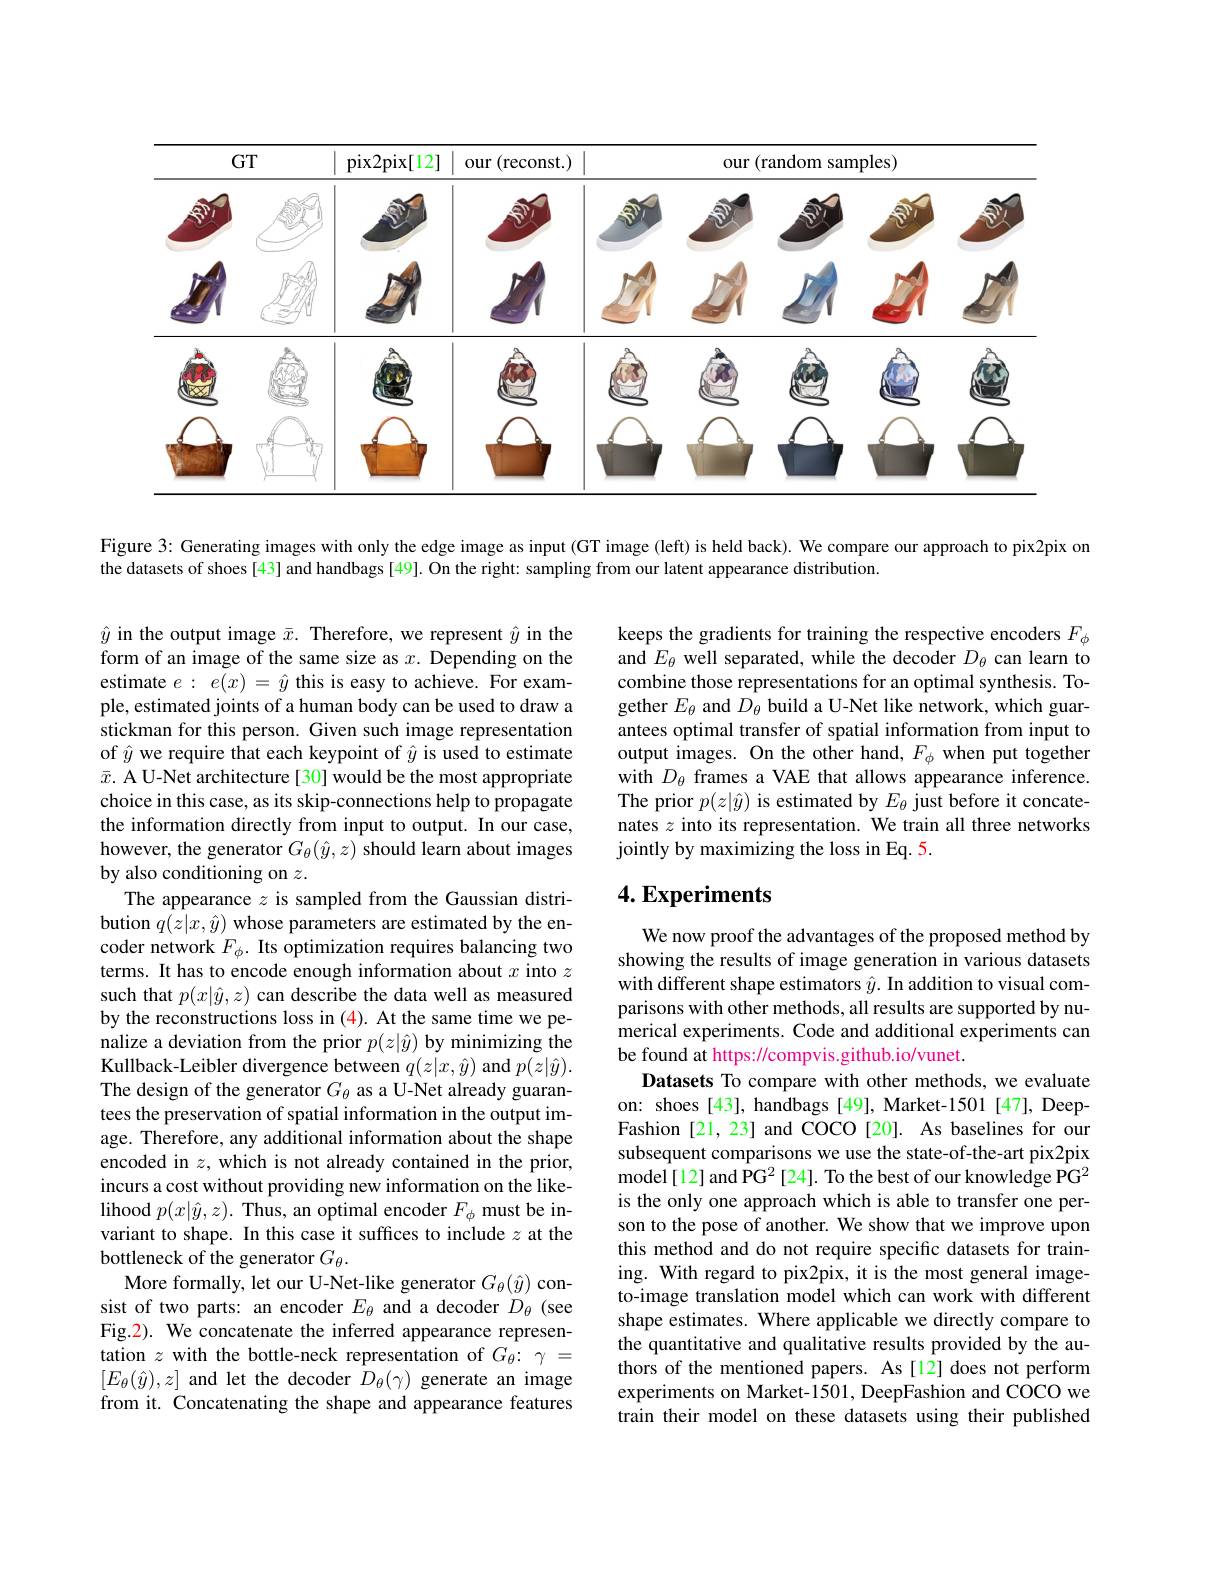
Figure 3: Generating images with only the edge image as input (GT image (left) is held back). We compare our approach to pix2pix on
the datasets of shoes[43] and handbags [49]. On the right: sampling from our latent appearance distribution.

keeps the gradients for training the respective encoders $F_\phi$ and $E_\theta$ well separated, while the decoder $D_\theta$ can learn to combine those representations for an optimal synthesis. Together $E_\theta$ and $\hat D_\theta$ build a U-Net like network, which guarantees optimal transfer of spatial information from input to output images. On the other hand, $F_{\phi}$ when put together with $D_\theta$ frames a VAE that allows appearance inference. The prior $p(z|\hat{y})$ is estimated by $E_\theta$ just before it concatenates $z$ into its representation. We train all three networks jointly by maximizing the loss in Eq. 5.

## $4. \textbf{Experiments}$

$\hat{y}$ in the output image $\bar{x}.$ Therefore, we represent $\hat{y}$ in the form of an image of the same size as $x.$ Depending on the estimate $e:e(x)=\hat{y}$ this is easy to achieve. For example, estimated joints of a human body can be used to draw a stickman for this person. Given such image representation of $\hat{y}$ we require that each keypoint of $\hat{y}$ is used to estimate $\bar{x}.$ A U-Net architecture[30] would be the most appropriate choice in this case, as its skip-connections help to propagate the information directly from input to output. In our case, however, the generator $G_\theta(\hat{y},z)$ should learn about images by also conditioning on $z.$
The appearance $z$ is sampled from the Gaussian distribution $q(z|x,\hat{y})$ whose parameters are estimated by the encoder network $F_\phi . \textbf{Its optimization requires balancing two}$ terms. It has to encode enough information about $x$ into $z$ such that $p(x|\hat{y},z)$ can describe the data well as measured by the reconstructions loss in (4). At the same time we penalize a deviation from the prior $p(z|\hat{y})$ by minimizing the Kullback-Leibler divergence between $q(z|x,\hat{y})$ and $p(z|\hat{y}).$ The design of the generator $G_\theta$ as a U-Net already guarantees the preservation of spatial information in the output image. Therefore, any additional information about the shape encoded in $z$,which is not already contained in the prior, incurs a cost without providing new information on the likelihood $p(x|\hat{y},z).$ Thus, an optimal encoder $F_\phi$ must be invariant to shape. In this case it suffices to include $z$ at the bottleneck of the generator $G_\theta.$
More formally, let our U-Net-like generator $G_\theta(\underline{y})$ consist of two parts: an encoder $E_\theta$ and a decoder $D_\theta$ (see Fig.2). We concatenate the inferred appearance representation $z$ with the bottle-neck representation of $G_\theta{:}\gamma=$ $[E_{\theta}(\hat{y}),z]$ and let the decoder $\hat D_\theta(\gamma)$ generate an image from it. Concatenating the shape and appearance features

We now proof the advantages of the proposed method by showing the results of image generation in various datasets with different shape estimators $\hat{y}.$ In addition to visual comparisons with other methods, all results are supported by numerical experiments. Code and additional experiments can be found at https://compvis.github.io/vunet.
Datasets To compare with other methods, we evaluate on: shoes [43], handbags [49], Market-1501 [47], DeepFashion [21, 23] and COCO[20]. As baselines for our subsequent comparisons we use the state-of-the-art pix2pix model[12] and PG$^2[24].$ To the best of our knowledge PG$^{2}$ is the only one approach which is able to transfer one person to the pose of another. We show that we improve upon this method and do not require specific datasets for training. With regard to pix2pix, it is the most general imageto-image translation model which can work with different shape estimates. Where applicable we directly compare to the quantitative and qualitative results provided by the authors of the mentioned papers. As[12] does not perform experiments on Market-1501, DeepFashion and COCO we train their model on these datasets using their published